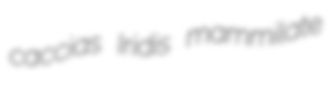
caccias Iridis mammilate